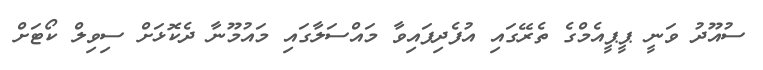
ސުއޫދު ވަނީ ޕީޕީއެމްގެ ތެރޭގައި އުފެދިފައިވާ މައްސަލާގައި މައުމޫނާ ދެކޮޅަށް ސިވިލް ކޯޓަށް